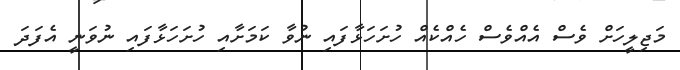
މަޖިލީހަށް ވެސް އެއްވެސް ހެއްކެއް ހުށަހަޅާފައި ނުވާ ކަމަށާއި ހުށަހަޅާފައި ނުވަނީ އެފަދަ